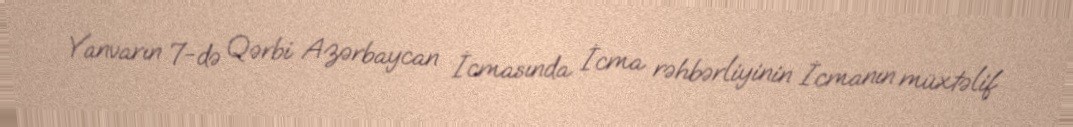
Yanvarın 7-də Qərbi Azərbaycan İcmasında İcma rəhbərliyinin İcmanın müxtəlif